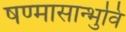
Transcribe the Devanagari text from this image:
षण्मासान्भुवि